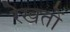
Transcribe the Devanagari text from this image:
रेखतों